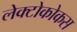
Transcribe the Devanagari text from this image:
लेक्टोकोकस